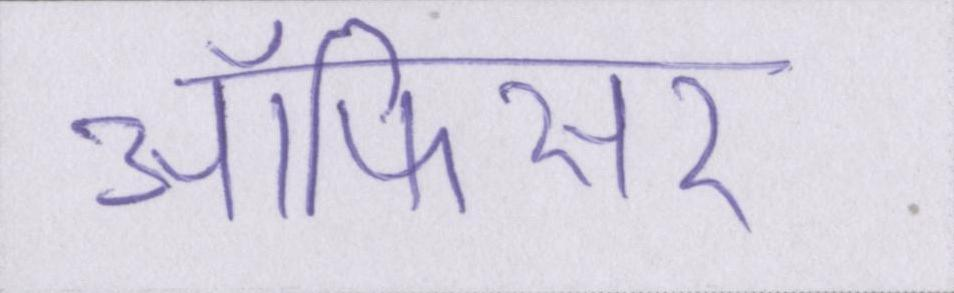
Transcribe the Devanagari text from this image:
ऑफिसर